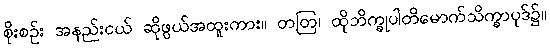
စိုးစဉ်း အနည်းငယ် ဆိုဖွယ်အထူးကား။ တတြ၊ ထိုဘိက္ခုပါတိမောက်သိက္ခာပုဒ်၌။